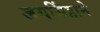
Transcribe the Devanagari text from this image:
जयसिंहाने